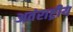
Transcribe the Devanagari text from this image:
अतंराष्ट्रीय